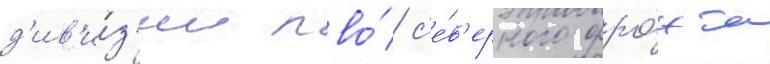
д'ив'и́з'ии пво́ с'е́в'ерного фро́нта